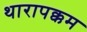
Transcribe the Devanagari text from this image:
थारापक्कम